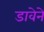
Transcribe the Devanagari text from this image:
डावेने